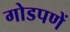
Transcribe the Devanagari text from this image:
गोडपणें